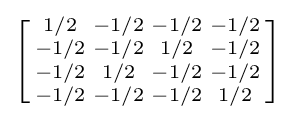
\left[{\begin{smallmatrix}1/2&-1/2&-1/2&-1/2\\-1/2&-1/2&1/2&-1/2\\-1/2&1/2&-1/2&-1/2\\-1/2&-1/2&-1/2&1/2\\\end{smallmatrix}}\right]